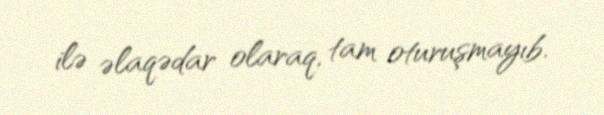
ilə əlaqədar olaraq, tam oturuşmayıb.